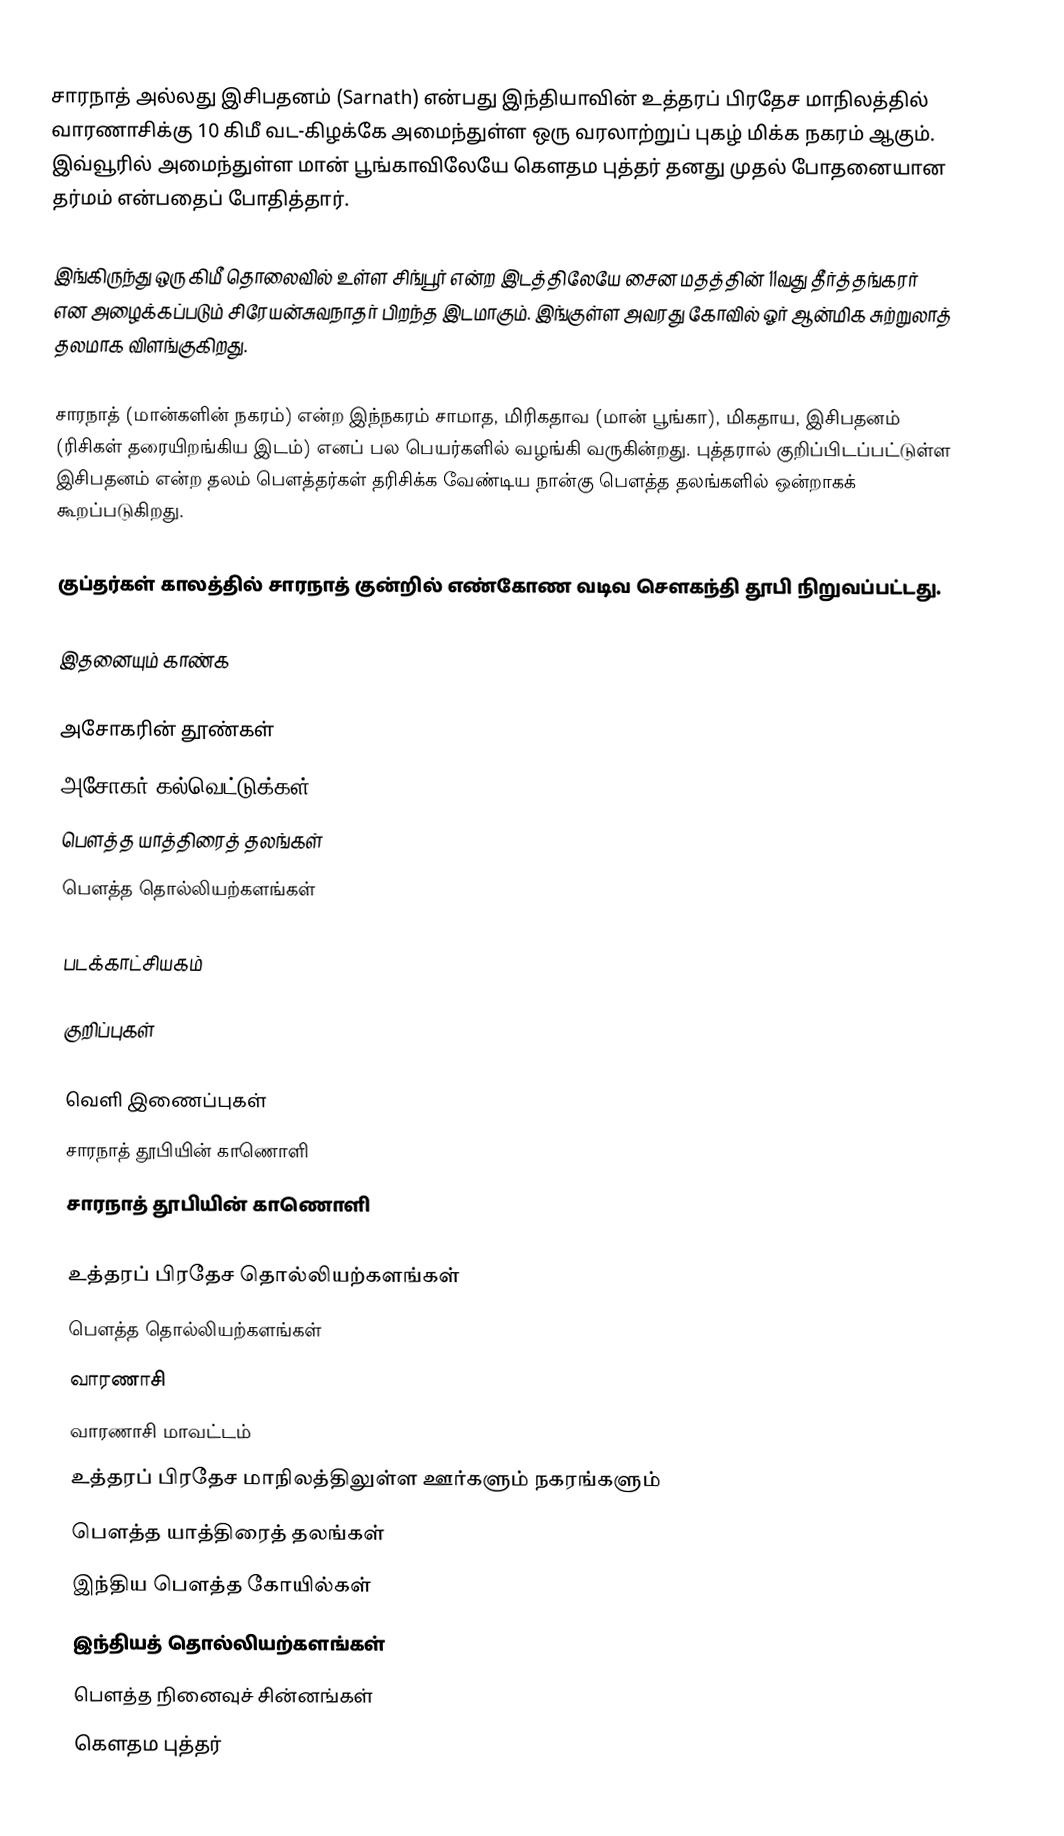
சாரநாத் அல்லது இசிபதனம் (Sarnath) என்பது இந்தியாவின் உத்தரப் பிரதேச மாநிலத்தில் வாரணாசிக்கு 10 கிமீ வட-கிழக்கே அமைந்துள்ள ஒரு வரலாற்றுப் புகழ் மிக்க நகரம் ஆகும். இவ்வூரில் அமைந்துள்ள மான் பூங்காவிலேயே கௌதம புத்தர் தனது முதல் போதனையான தர்மம் என்பதைப் போதித்தார்.

இங்கிருந்து ஒரு கிமீ தொலைவில் உள்ள சிங்பூர் என்ற இடத்திலேயே சைன மதத்தின் 11வது தீர்த்தங்கரர் என அழைக்கப்படும் சிரேயன்சுவநாதர் பிறந்த இடமாகும். இங்குள்ள அவரது கோவில் ஓர் ஆன்மிக சுற்றுலாத் தலமாக விளங்குகிறது.

சாரநாத்  (மான்களின் நகரம்) என்ற இந்நகரம் சாமாத, மிரிகதாவ (மான் பூங்கா), மிகதாய, இசிபதனம் (ரிசிகள் தரையிறங்கிய இடம்) எனப் பல பெயர்களில் வழங்கி வருகின்றது. புத்தரால் குறிப்பிடப்பட்டுள்ள இசிபதனம் என்ற தலம் பௌத்தர்கள் தரிசிக்க வேண்டிய நான்கு பௌத்த தலங்களில் ஒன்றாகக் கூறப்படுகிறது.

குப்தர்கள் காலத்தில் சாரநாத் குன்றில் எண்கோண வடிவ சௌகந்தி தூபி நிறுவப்பட்டது.

இதனையும் காண்க

 அசோகரின் தூண்கள்
 அசோகர் கல்வெட்டுக்கள்
 பௌத்த யாத்திரைத் தலங்கள்
 பௌத்த தொல்லியற்களங்கள்

படக்காட்சியகம்

குறிப்புகள்

வெளி இணைப்புகள்
 சாரநாத் தூபியின் காணொளி
சாரநாத் தூபியின் காணொளி

உத்தரப் பிரதேச தொல்லியற்களங்கள்
பௌத்த தொல்லியற்களங்கள்
வாரணாசி
வாரணாசி மாவட்டம்
உத்தரப் பிரதேச மாநிலத்திலுள்ள ஊர்களும் நகரங்களும்
பௌத்த யாத்திரைத் தலங்கள்
இந்திய பௌத்த கோயில்கள்
இந்தியத் தொல்லியற்களங்கள்
பௌத்த நினைவுச் சின்னங்கள்
கௌதம புத்தர்